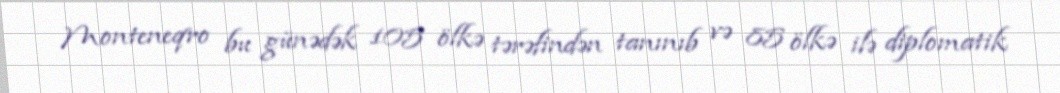
Monteneqro bu günədək 105 ölkə tərəfindən tanınıb və 85 ölkə ilə diplomatik